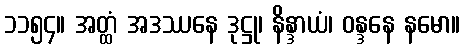
၁၁၅၄။ အတ္ထံ အဒဿနေ ဒုဋ္ဌု၊ နိန္ဒာယံ၊ ဝန္ဒနေ နမော။